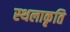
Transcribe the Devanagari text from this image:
स्‍थलाकृति